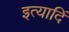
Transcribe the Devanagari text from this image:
इत्यादिं